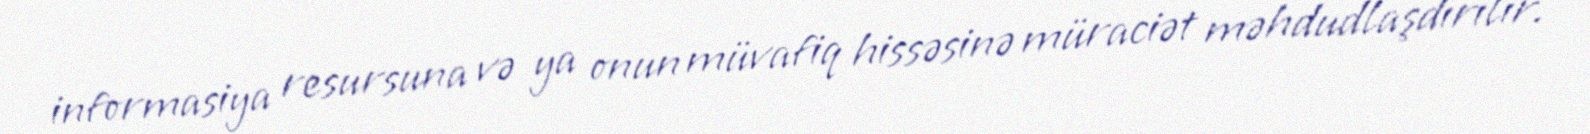
informasiya resursuna və ya onun müvafiq hissəsinə müraciət məhdudlaşdırılır.